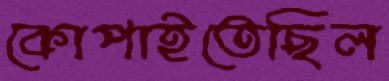
কোপাইতেছিল